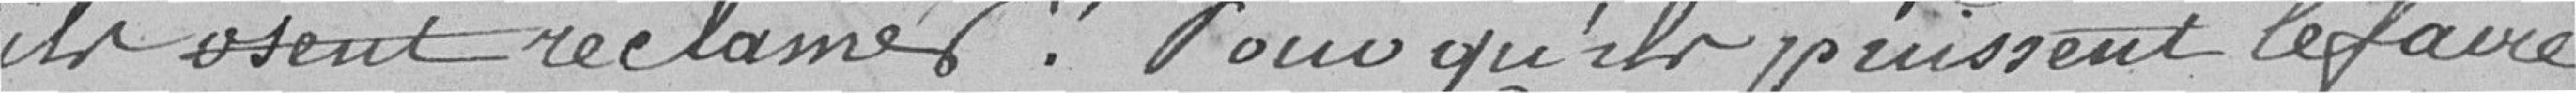
ils osent réclamés. Pour qu'ils puissent le faire